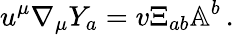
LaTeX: u^{\mu}\nabla_{\mu}Y_{a}=v\Xi_{ab}\mathbb{A}^{b}\, .